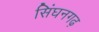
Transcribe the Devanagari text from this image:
सिंघनगढ़